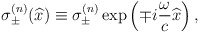
\begin{align*}\sigma^{(n)}_\pm (\widehat{x}) \equiv\sigma_{\pm}^{(n)} \exp \left( \mp i \frac{\omega}{c} \widehat{x} \right) , \end{align*}